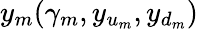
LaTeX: y_{m}(\gamma_{m},y_{u_{m}},y_{d_{m}})